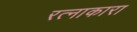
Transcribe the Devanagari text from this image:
रत्नाकारा